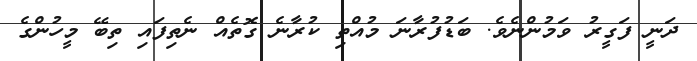
ދަނީ ފަގީރު ވަމުންނެވެ. ބަޑުފުރާނަ މުއްތި ކުރާނެ ގޮތެއް ނެތިފައި ތިބޭ މީހުންގެ